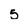
Character: 5